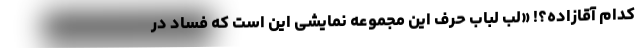
کدام آقازاده؟! «لُب لباب حرف این مجموعه نمایشی این است که فساد در